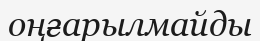
оңғарылмайды